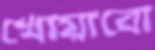
খোয়াবো